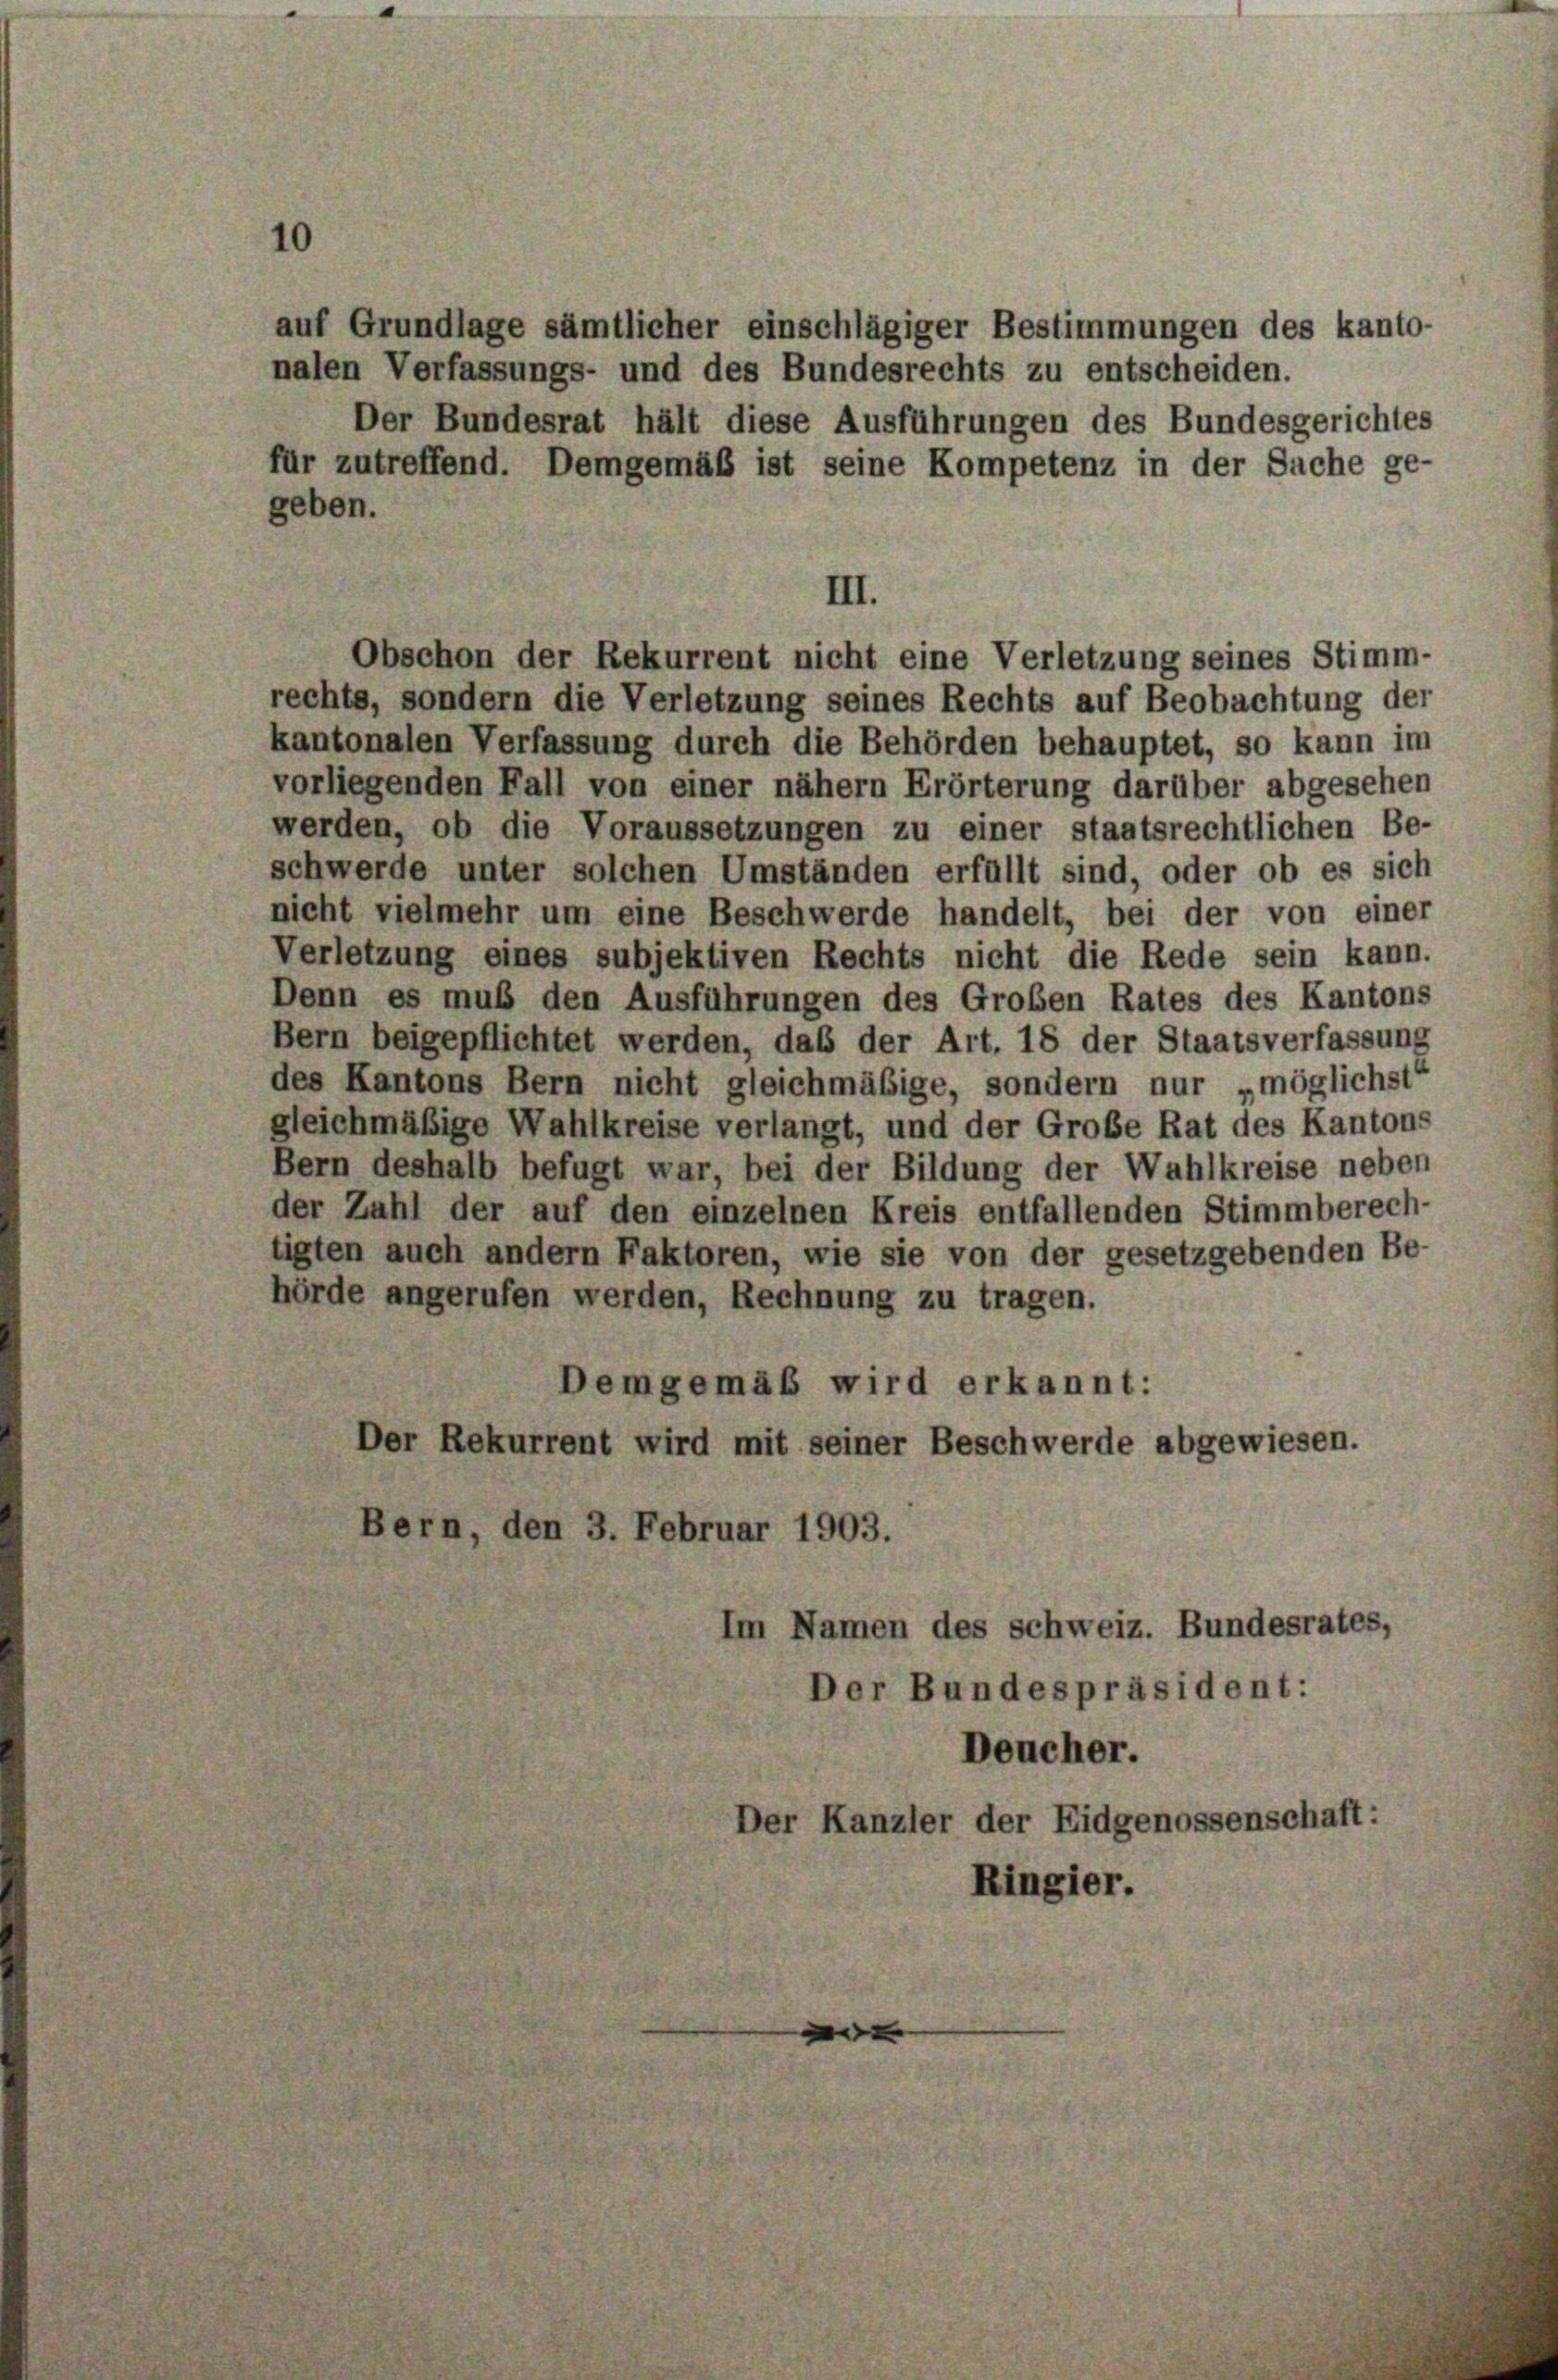
III.
Obschon der Rekurrent nicht eine Verletzung seines Stimm-

auf Grundlage sämtlicher einschlägiger Bestimmungen des kanto-
nalen Verfassungs- und des Bundesrechts zu entscheiden.
Der Bundesrat hält diese Ausführungen des Bundesgerichtes
für zutreffend. Demgemäß ist seine Kompetenz in der Sache ge-
geben.

rechts, sondern die Verletzung seines Rechts auf Beobachtung der
kantonalen Verfassung durch die Behörden behauptet, so kann im
vorliegenden Fall von einer nähern Erörterung darüber abgesehen
werden, ob die Voraussetzungen zu einer staatsrechtlichen Be-
schwerde unter solchen Umständen erfüllt sind, oder ob es sich
nicht vielmehr um eine Beschwerde handelt, bei der von einer
Verletzung eines subjektiven Rechts nicht die Rede sein kann.
Denn es muß den Ausführungen des Groben Rates des Kantons
Bern beigepflichtet werden, daß der Art. 18 der Staatsverfassung
des Kantons Bern nicht gleichmäßige, sondern nur „möglichst“
gleichmäßige Wahlkreise verlangt, und der Große Rat des Kantons
Bern deshalb befugt war, bei der Bildung der Wahlkreise neben
der Zahl der auf den einzelnen Kreis entfallenden Stimmberech-
tigten auch andern Faktoren, wie sie von der gesetzgebenden Be-
hörde angerufen werden, Rechnung zu tragen.
Demgemäß wird erkannt:
Der Rekurrent wird mit seiner Beschwerde abgewiesen.
Bern, den 3. Februar 1903.
Im Namen des schweiz. Bundesrates,
Der Bundespräsident:
Deucher.
Der Kanzler der Eidgenossenschaft:

ler.
n